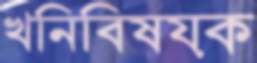
খনিবিষয়ক